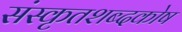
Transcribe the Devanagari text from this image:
संस्कृतशब्दकोष